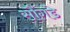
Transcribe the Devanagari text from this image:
सौंगडे